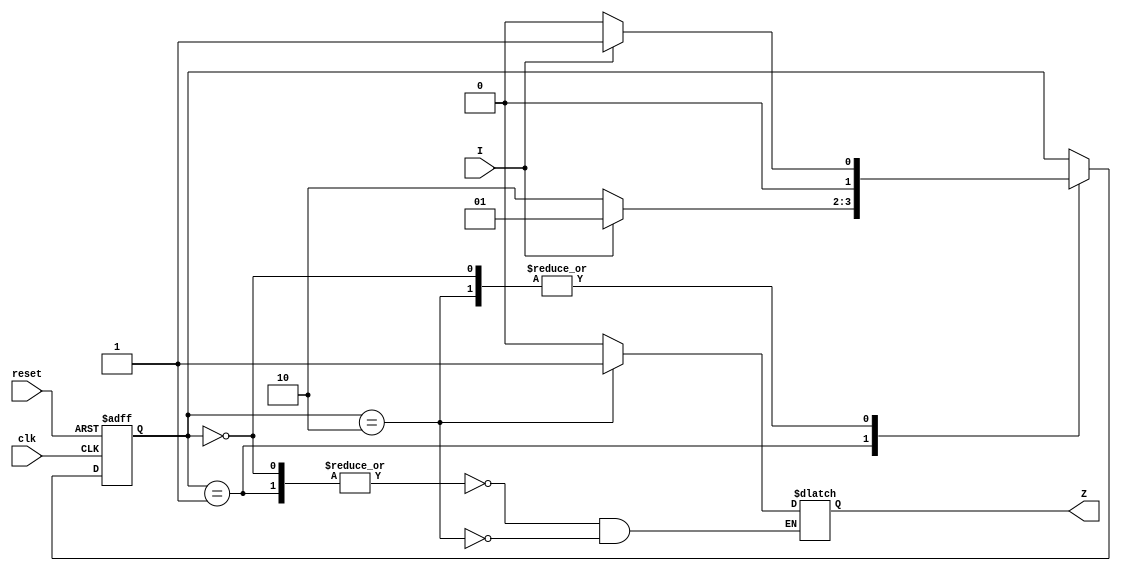
`timescale 1ns / 1ps

module lab8module(
    input wire clk, reset, I, output reg Z
    );
    reg [1:0] state;

    parameter S0 = 2'b00, S1 = 2'b01, S2 = 2'b10;
    always @ (posedge clk, negedge reset)
        if(reset == 0) state <= S0;
        else case(state)
            S0: if (!I) state <=S0; else state <= S1;
            S1: if (!I) state <=S2; else state <= S1;
            S2: if (!I) state <=S0; else state <= S1;
        endcase
     always @(state, I)
     case (state) 
        S0,S1: Z=0;
        S2: Z=1;
     endcase
endmodule